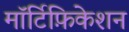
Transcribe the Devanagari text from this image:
मॉर्टिफ़िकेशन